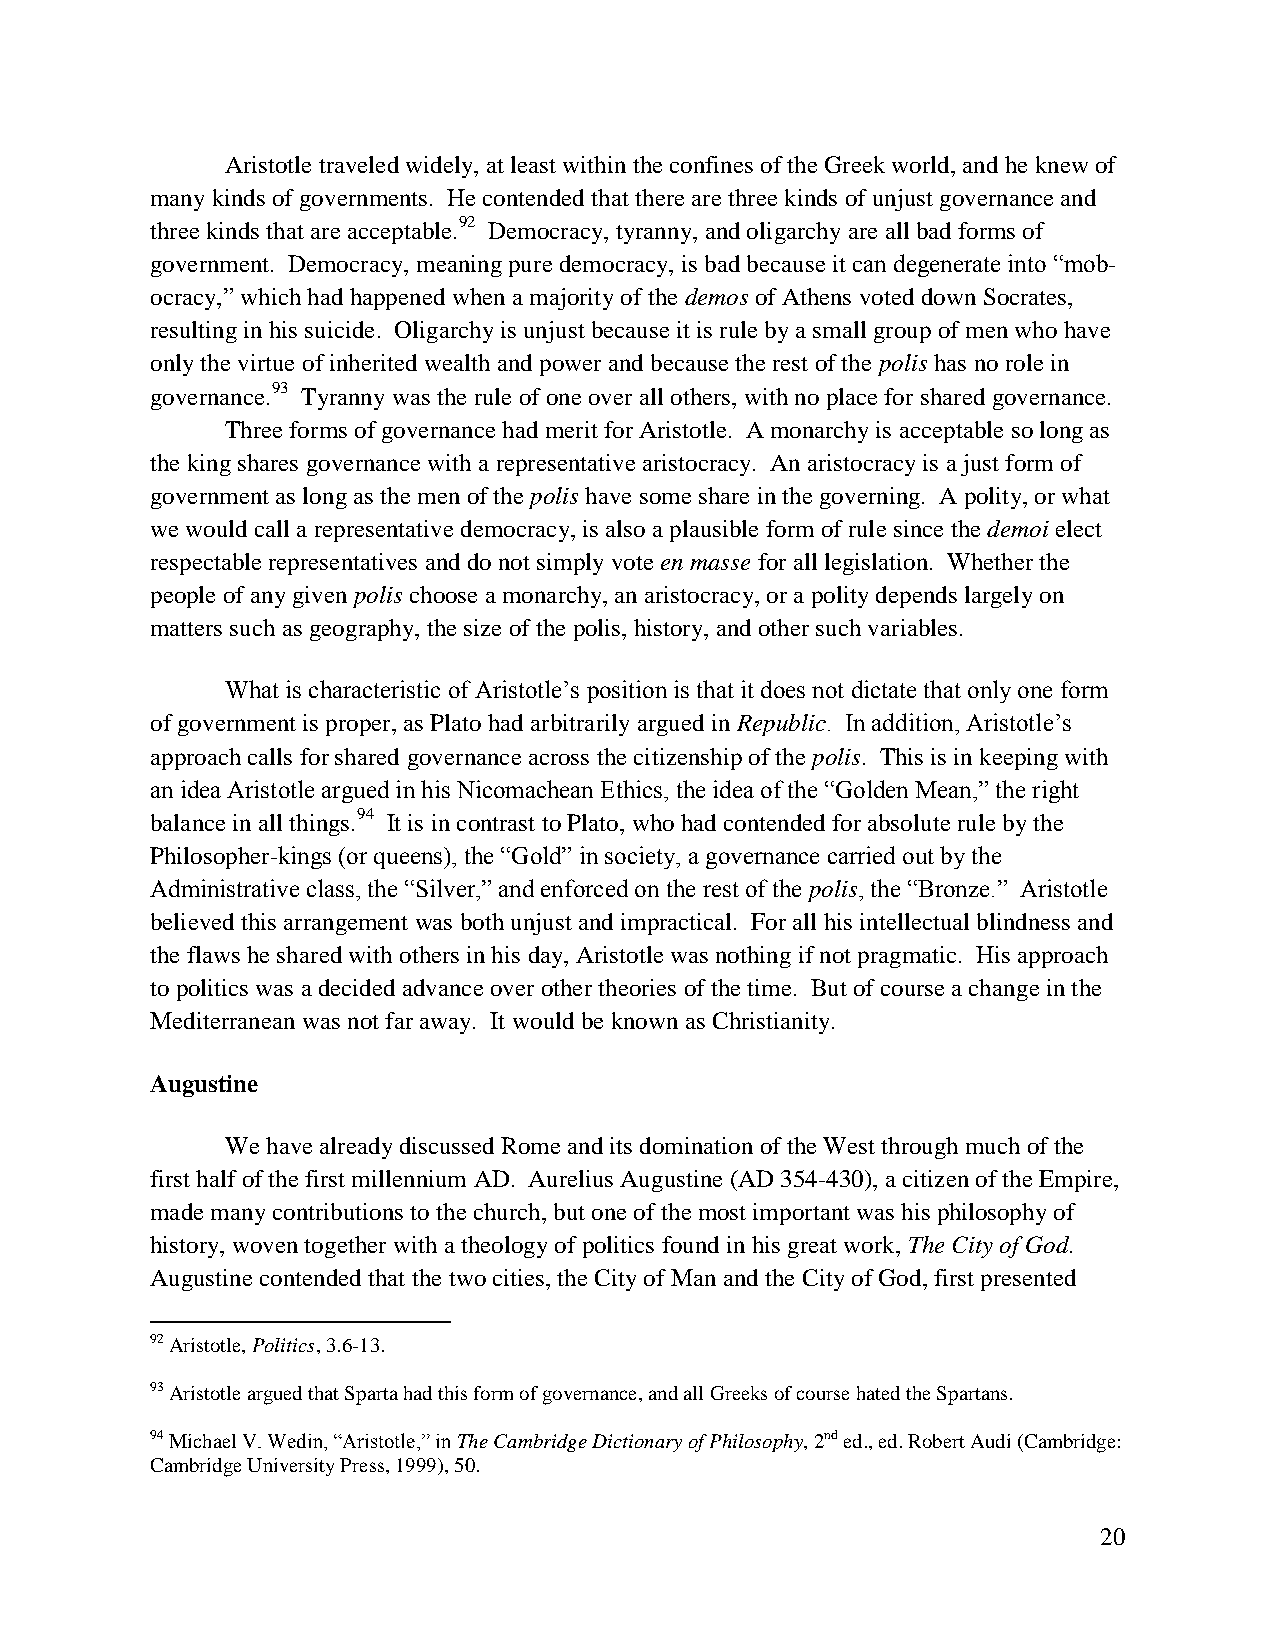
Aristotle traveled widely, at least within the confines of the Greek world, and he knew of
 many kinds of governments. He contended that there are three kinds of unjust governance and
 three kinds that are acceptable.92 Democracy, tyranny, and oligarchy are all bad forms of
 government. Democracy, meaning pure democracy, is bad because it can degenerate into “mob-
 ocracy,” which had happened when a majority of the demos of Athens voted down Socrates,
 resulting in his suicide. Oligarchy is unjust because it is rule by a small group of men who have
 only the virtue of inherited wealth and power and because the rest of the polis has no role in
 governance.93 Tyranny was the rule of one over all others, with no place for shared governance.
 Three forms of governance had merit for Aristotle. A monarchy is acceptable so long as
 the king shares governance with a representative aristocracy. An aristocracy is a just form of
 government as long as the men of the polis have some share in the governing. A polity, or what
 we would call a representative democracy, is also a plausible form of rule since the demoi elect
 respectable representatives and do not simply vote en masse for all legislation. Whether the
 people of any given polis choose a monarchy, an aristocracy, or a polity depends largely on
 matters such as geography, the size of the polis, history, and other such variables.
 What is characteristic of Aristotle’s position is that it does not dictate that only one form
 of government is proper, as Plato had arbitrarily argued in Republic. In addition, Aristotle’s
 approach calls for shared governance across the citizenship of the polis. This is in keeping with
 an idea Aristotle argued in his Nicomachean Ethics, the idea of the “Golden Mean,” the right
 balance in all things.94 It is in contrast to Plato, who had contended for absolute rule by the
 Philosopher-kings (or queens), the “Gold” in society, a governance carried out by the
 Administrative class, the “Silver,” and enforced on the rest of the polis, the “Bronze.” Aristotle
 believed this arrangement was both unjust and impractical. For all his intellectual blindness and
 the flaws he shared with others in his day, Aristotle was nothing if not pragmatic. His approach
 to politics was a decided advance over other theories of the time. But of course a change in the
 Mediterranean was not far away. It would be known as Christianity.
 Augustine
 We have already discussed Rome and its domination of the West through much of the
 first half of the first millennium AD. Aurelius Augustine (AD 354-430), a citizen of the Empire,
 made many contributions to the church, but one of the most important was his philosophy of
 history, woven together with a theology of politics found in his great work, The City of God.
 Augustine contended that the two cities, the City of Man and the City of God, first presented
 92 Aristotle, Politics, 3.6-13.
 93 Aristotle argued that Sparta had this form of governance, and all Greeks of course hated the Spartans.
 94 Michael V. Wedin, “Aristotle,” in The Cambridge Dictionary of Philosophy, 2nd ed., ed. Robert Audi (Cambridge:
 Cambridge University Press, 1999), 50.
 20